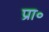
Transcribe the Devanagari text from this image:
प्रा॰